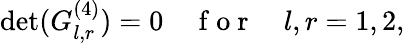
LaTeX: \operatorname*{det}({G}_{l,r}^{(4)})=0\quad\mathrm{~f~o~r~}\quad l,r=1,2,